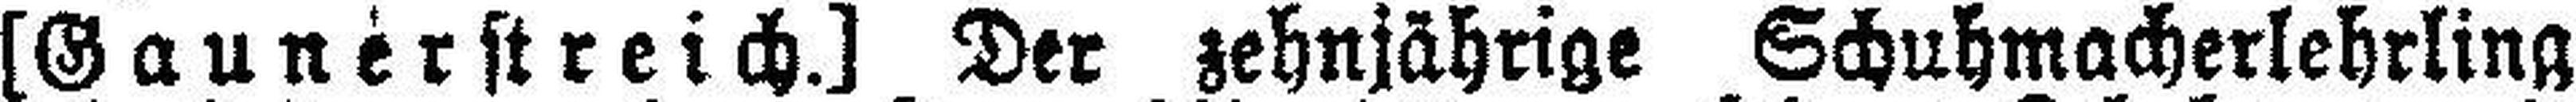
[Gaunerstreich.] Der zehnjährige Schuhmacherlehrling